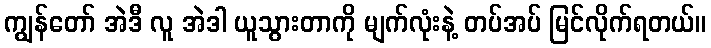
ကျွန်တော် အဲဒီ လူ အဲဒါ ယူသွားတာကို မျက်လုံးနဲ့ တပ်အပ် မြင်လိုက်ရတယ်။